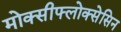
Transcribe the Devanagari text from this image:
मोक्सीफ्लोक्सेसिन